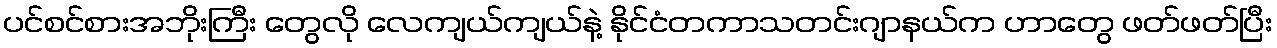
ပင်စင်စားအဘိုးကြီး တွေလို လေကျယ်ကျယ်နဲ့ နိုင်ငံတကာသတင်းဂျာနယ်က ဟာတွေ ဖတ်ဖတ်ပြီး